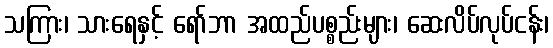
သကြား၊ သားရေနှင့် ရော်ဘာ အထည်ပစ္စည်းများ၊ ဆေးလိပ်လုပ်ငန်း၊